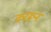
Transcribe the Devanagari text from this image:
कररून